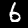
Digit: 6